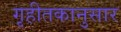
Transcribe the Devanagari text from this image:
गृहीतकानुसार